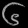
Digit: ၆